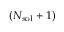
( N _ { \mathrm { s o l } } + 1 )